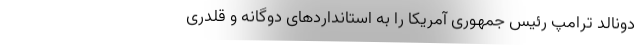
دونالد ترامپ رئیس جمهوری آمریکا را به استانداردهای دوگانه و قلدری